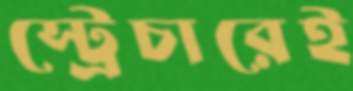
স্ট্রেচারেই